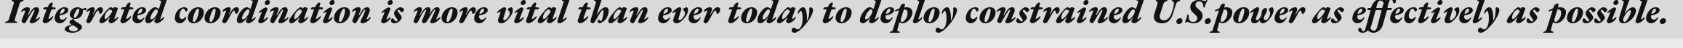
Integrated coordination is more vital than ever today to deploy constrained U.S.power as effectively as possible.